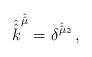
LaTeX: \begin{align*}{\hat {\hat {k}}}^{\hat {\hat {\mu}}} = \delta^{{\hat {\hat \mu}}z}\, ,\end{align*}